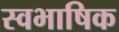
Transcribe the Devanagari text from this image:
स्वभाषिक